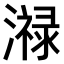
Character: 𤀓